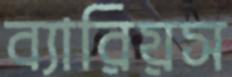
ব্যারিয়স